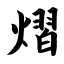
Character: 熠